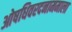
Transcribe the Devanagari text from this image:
ओषधिवरदनाममाला